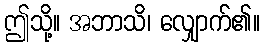
ဤသို့။ အဘာသိ၊ လျှောက်၏။